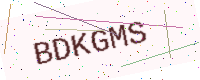
Text: BDKGMS